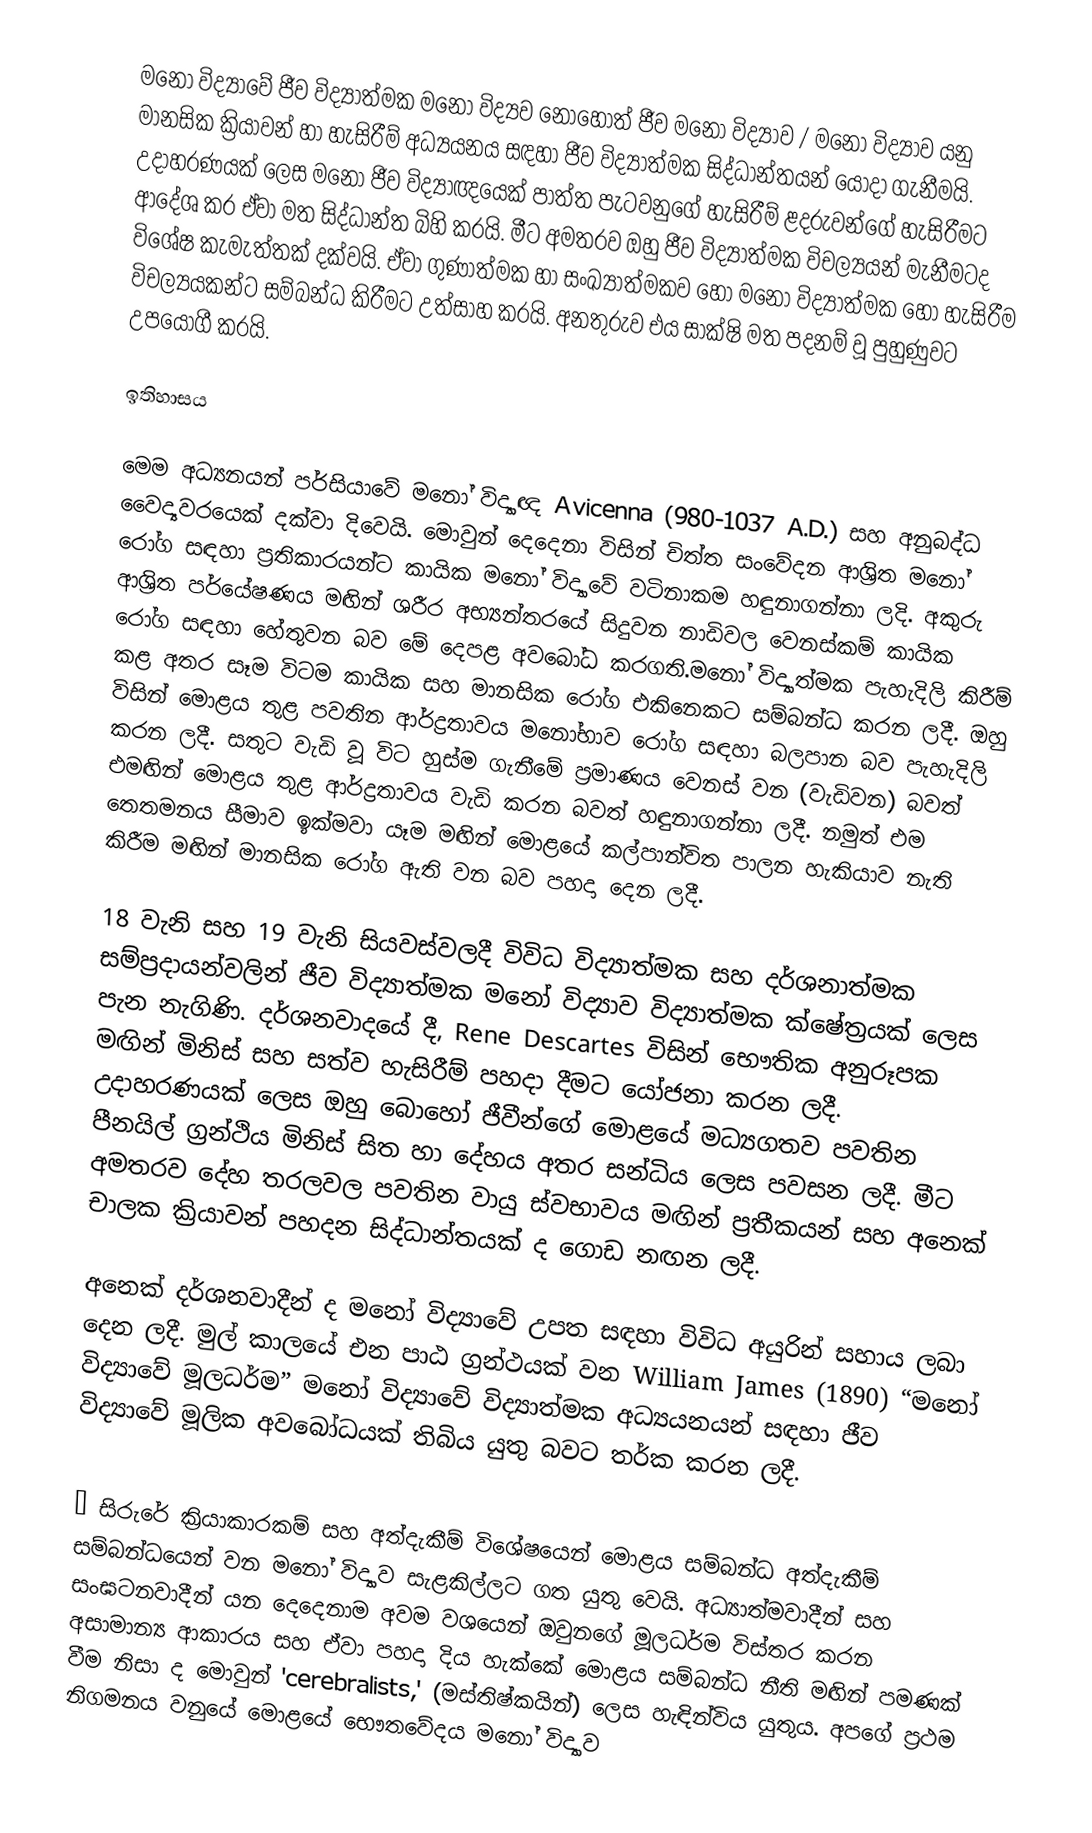
මනෝ විද්‍යාවේ ජීව විද්‍යාත්මක මනෝ විද්‍යව නොහොත් ජීව මනෝ විද්‍යාව / මනෝ විද්‍යාව යනු මානසික ක්‍රියාවන් හා හැසිරීම් අධ්‍යයනය සඳහා ජීව විද්‍යාත්මක සිද්ධාන්තයන් යොදා ගැනීමයි. උදාහරණයක් ලෙස මනෝ ජීව විද්‍යාඥයෙක් පාත්ත පැටවනුගේ හැසිරීම් ළදරුවන්ගේ හැසිරීමට ආදේශ කර ඒවා මත සිද්ධාන්ත බිහි කරයි. මීට අමතරව ඔහු ජීව විද්‍යාත්මක විචල්‍යයන් මැනීමටද විශේෂ කැමැත්තක් දක්වයි. ඒවා ගුණාත්මක හා සංඛ්‍යාත්මකව හෝ මනෝ විද්‍යාත්මක හෝ හැසිරීම විචල්‍යයකන්ට සම්බන්ධ කිරීමට උත්සාහ කරයි. අනතුරුව එය සාක්ෂි මත පදනම් වූ පුහුණුවට උපයෝගී කරයි.

ඉතිහාසය

මෙම අධ්‍යනයන් පර්සියාවේ මනෝ විද්‍යාඥ Avicenna (980-1037 A.D.) සහ අනුබද්ධ වෛද්‍යවරයෙක් දක්වා දිවෙයි. මොවුන් දෙදෙනා විසින් චිත්ත සංවේදන ආශ්‍රිත මනෝ රෝග සඳහා ප්‍රතිකාරයන්ට කායික මනෝ විද්‍යාවේ වටිනාකම හඳුනාගන්නා ලදි. අකුරු ආශ්‍රිත පර්යේෂණය මඟින් ශරීර අභ්‍යන්තරයේ සිදුවන නාඩිවල වෙනස්කම් කායික රෝග සඳහා හේතුවන බව මේ දෙපළ අවබෝධ කරගති.මනෝ විද්‍යාත්මක පැහැදිලි කිරීම් කළ අතර සෑම විටම කායික සහ මානසික රෝග එකිනෙකට සම්බන්ධ කරන ලදී. ඔහු විසින් මොළය තුළ පවතින ආර්ද්‍රතාවය මනෝභාව රෝග සඳහා බලපාන බව පැහැදිලි කරන ලදී. සතුට වැඩි වූ විට හුස්ම ගැනීමේ ප්‍රමාණය වෙනස් වන (වැඩිවන) බවත් එමඟින් මොළය තුළ ආර්ද්‍රතාවය වැඩි කරන බවත් හඳුනාගන්නා ලදී. නමුත් එම තෙතමනය සීමාව ඉක්මවා යෑම මඟින් මොළයේ කල්පාන්විත පාලන හැකියාව නැති කිරීම මඟින් මානසික රෝග ඇති වන බව පහදා දෙන ලදී.

18 වැනි සහ 19 වැනි සියවස්වලදී විවිධ විද්‍යාත්මක සහ දර්ශනාත්මක සම්ප්‍රදායන්වලින් ජීව විද්‍යාත්මක මනෝ විද්‍යාව විද්‍යාත්මක ක්ෂේත්‍රයක් ලෙස පැන නැගිණි. දර්ශනවාදයේ දී, Rene Descartes විසින් භෞතික අනුරූපක මඟින් මිනිස් සහ සත්ව හැසිරීම් පහදා දීමට යෝජනා කරන ලදී. උදාහරණයක් ලෙස ඔහු බොහෝ ජීවීන්ගේ මොළයේ මධ්‍යගතව පවතින පීනයිල් ග්‍රන්ථිය මිනිස් සිත හා දේහය අතර සන්ධිය ලෙස පවසන ලදී. මීට අමතරව දේහ තරලවල පවතින වායු ස්වභාවය මඟින් ප්‍රතීකයන් සහ අනෙක් චාලක ක්‍රියාවන් පහදන සිද්ධාන්තයක් ද ගොඩ නඟන ලදී.

අනෙක් දර්ශනවාදීන් ද මනෝ විද්‍යාවේ උපත සඳහා විවිධ අයුරින් සහාය ලබා දෙන ලදී. මුල් කාලයේ එන පාඨ ග්‍රන්ථයක් වන William James (1890) “මනෝ විද්‍යාවේ මූලධර්ම” මනෝ විද්‍යාවේ විද්‍යාත්මක අධ්‍යයනයන් සඳහා ජීව විද්‍යාවේ මූලික අවබෝධයක් තිබිය යුතු බවට තර්ක කරන ලදී.

“ සිරුරේ ක්‍රියාකාරකම් සහ අත්දැකීම් විශේෂයෙන් මොළය සම්බන්ධ අත්දැකීම් සම්බන්ධයෙන් වන මනෝ විද්‍යාව සැළකිල්ලට ගත යුතු වෙයි. අධ්‍යාත්මවාදීන් සහ සංඝටනවාදීන් යන දෙදෙනාම අවම වශයෙන් ඔවුනගේ මූලධර්ම විස්තර කරන අසාමාන්‍ය ආකාරය සහ ඒවා පහදා දිය හැක්කේ මොළය සම්බන්ධ නීති මඟින් පමණක් වීම නිසා ද මොවුන් 'cerebralists,' (මස්තිෂ්කයින්) ලෙස හැඳින්විය යුතුය. අපගේ ප්‍රථම නිගමනය වනුයේ මොළයේ භෞතවේදය මනෝ විද්‍යාව